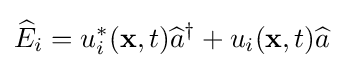
{\widehat {E}}_{i}=u_{i}^{*}(\mathbf {x} ,t){\widehat {a}}^{\dagger }+u_{i}(\mathbf {x} ,t){\widehat {a}}